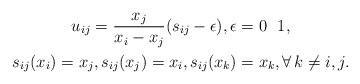
\begin{gather*}u_{ij}={x_j \over x_i-x_j } (s_{ij}-\epsilon), \epsilon=0 \ \ 1, \\ s_{ij}(x_i)=x_j, s_{ij}(x_{j})=x_i, s_{ij}(x_k)=x_k, \forall \, k \not= i,j.\end{gather*}